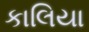
કાલિયા